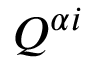
Q ^ { \alpha i }